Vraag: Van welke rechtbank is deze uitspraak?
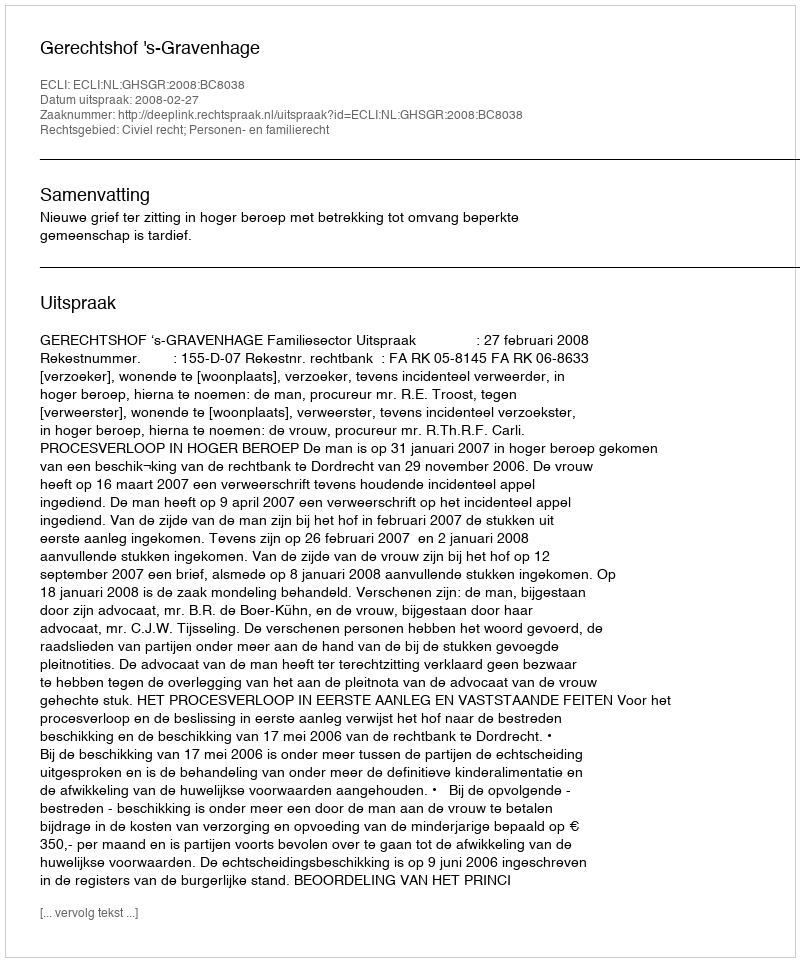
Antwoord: Gerechtshof 's-Gravenhage